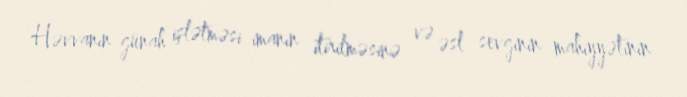
Həvvanın günah işlətməsi imanın itirilməsinə və əsl sevginin mahiyyətinin